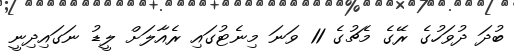
ބުދަ ދުވަހުގެ ރޭގެ މެޗުގެ 11 ވަނަ މިނެޓުގައި ރެއާލަށް ލީޑު ނަގައިދިނީ